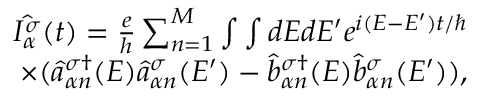
\begin{array} { r } { \hat { I _ { \alpha } ^ { \sigma } } ( t ) = \frac { e } { h } \sum _ { n = 1 } ^ { M } \int \int d E d E ^ { \prime } e ^ { i ( E - E ^ { \prime } ) t / \hbar } } \\ { \times ( \hat { a } _ { \alpha n } ^ { \sigma \dagger } ( E ) \hat { a } _ { \alpha n } ^ { \sigma } ( E ^ { \prime } ) - \hat { b } _ { \alpha n } ^ { \sigma \dagger } ( E ) \hat { b } _ { \alpha n } ^ { \sigma } ( E ^ { \prime } ) ) , } \end{array}